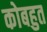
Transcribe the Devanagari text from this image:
कोबहुत